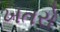
ખતરો